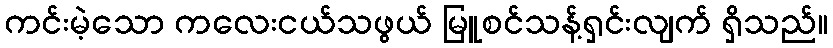
ကင်းမဲ့သော ကလေးငယ်သဖွယ် မြူစင်သန့်ရှင်းလျက် ရှိသည်။